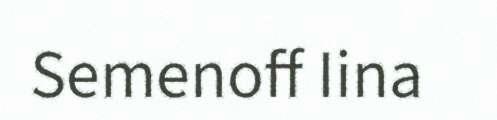
Semenoff Iina